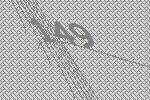
149